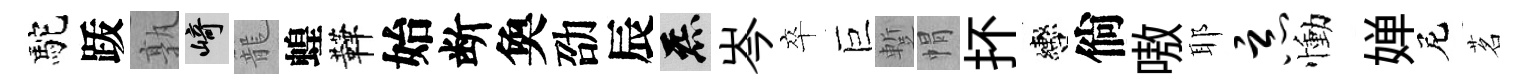
駝䟦孰崎籠蝗鞾始断奐劭辰炁岑卒巨蹔㡌抔轡倘嗷耶恶慟婵尼茗